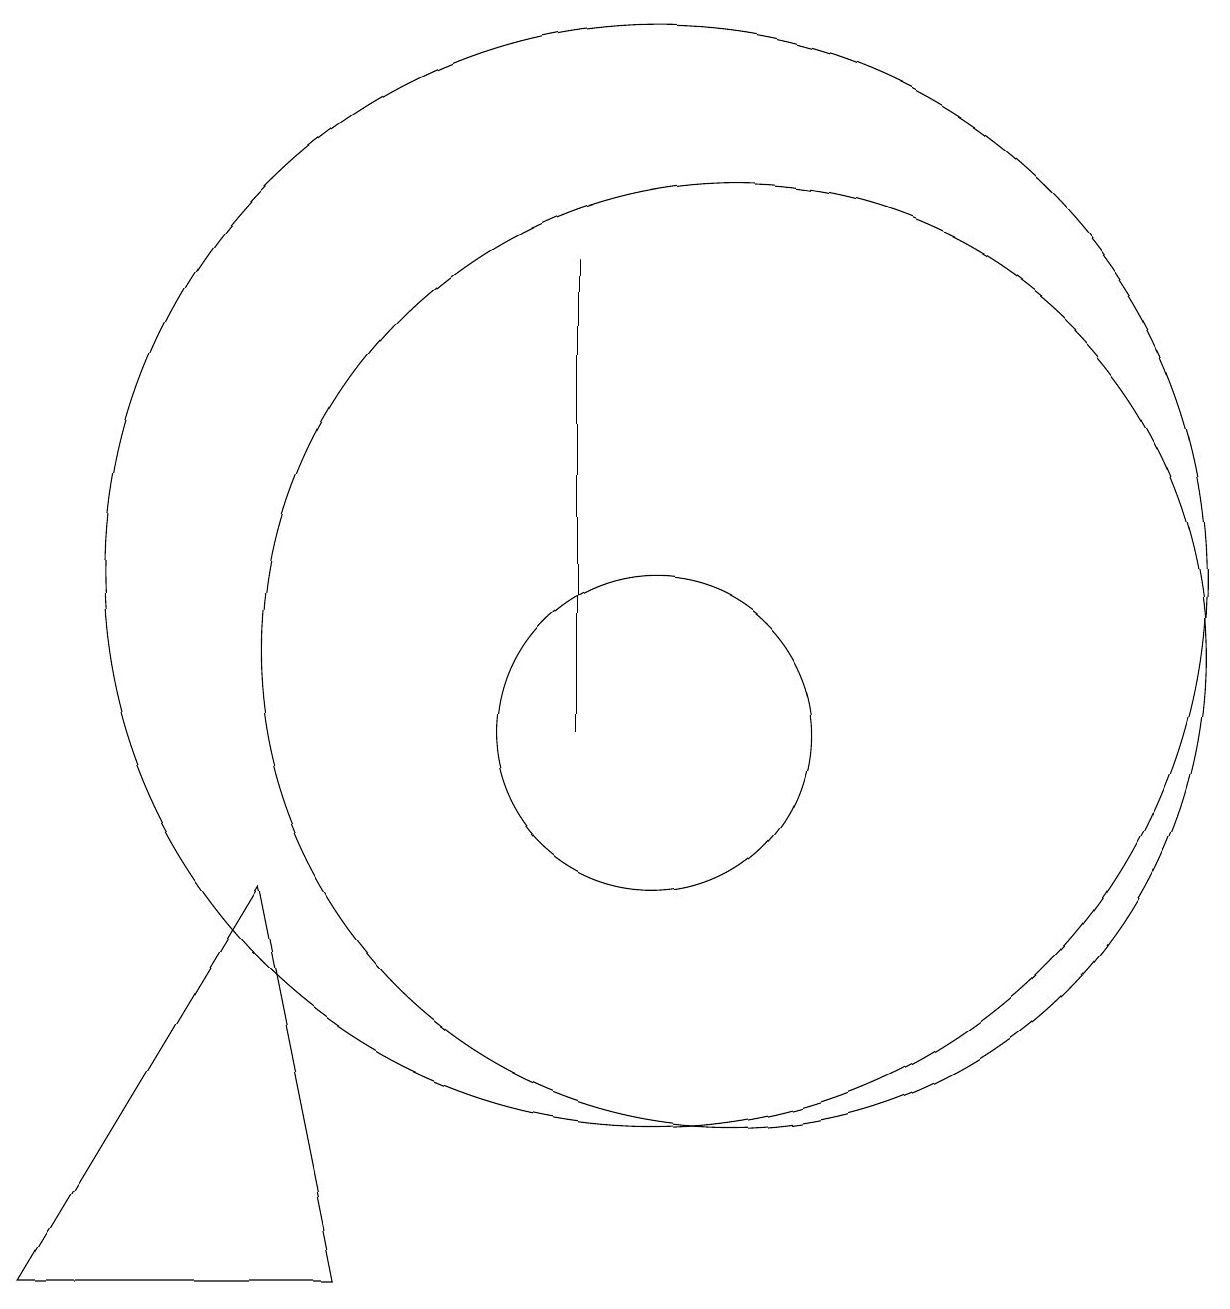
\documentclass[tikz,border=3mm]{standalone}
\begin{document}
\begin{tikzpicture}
\draw (10,12) circle (7);
\draw (10,10) circle (2);
\draw (2,3) -- (6,3) -- (5,8) -- cycle;
\draw (9,10) rectangle (9,16);
\draw (11,11) circle (6);
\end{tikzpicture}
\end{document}